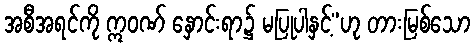
အစီအရင်ကို ဣဝဏ် နှောင်းရာ၌ မပြုပါနှင့်”ဟု တားမြစ်သော